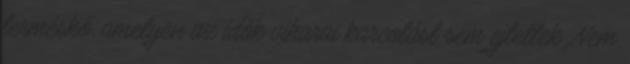
terméskő, amelyen az idők viharai karcolást sem ejtettek. Nem